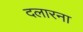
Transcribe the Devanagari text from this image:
दलारना